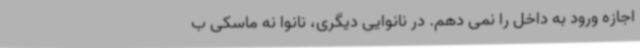
اجازه ورود به داخل را نمی دهم. در نانوایی دیگری، نانوا نه ماسکی ب